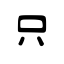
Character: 只